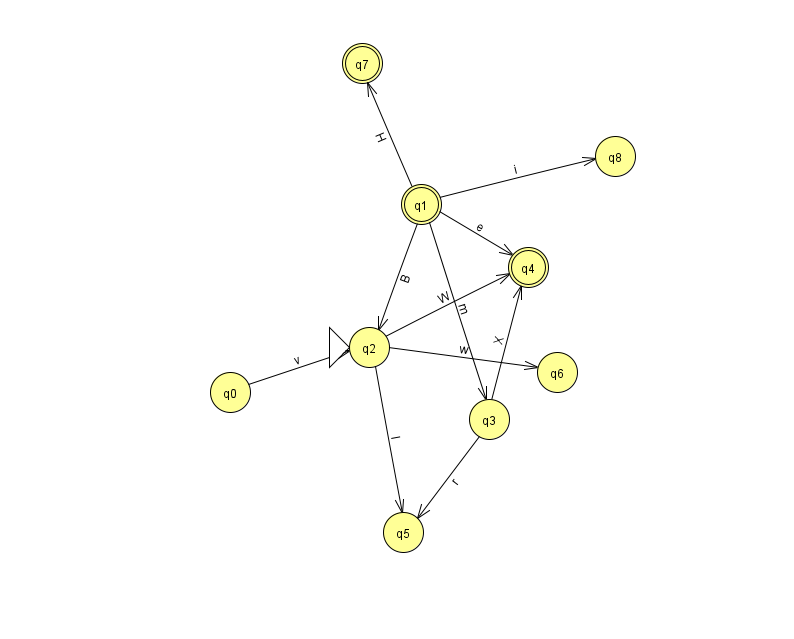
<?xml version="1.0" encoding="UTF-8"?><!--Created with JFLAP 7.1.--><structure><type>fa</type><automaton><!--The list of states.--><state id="0" name="q0"><x>230.0</x><y>379.0</y></state><state id="1" name="q1"><x>421.0</x><y>191.0</y><final/></state><state id="2" name="q2"><x>369.0</x><y>334.0</y><initial/></state><state id="3" name="q3"><x>489.0</x><y>406.0</y></state><state id="4" name="q4"><x>528.0</x><y>254.0</y><final/></state><state id="5" name="q5"><x>403.0</x><y>519.0</y></state><state id="6" name="q6"><x>557.0</x><y>359.0</y></state><state id="7" name="q7"><x>362.0</x><y>50.0</y><final/></state><state id="8" name="q8"><x>615.0</x><y>143.0</y></state><!--The list of transitions.--><transition><from>1</from><to>4</to><read>e</read></transition><transition><from>0</from><to>2</to><read>v</read></transition><transition><from>1</from><to>8</to><read>i</read></transition><transition><from>1</from><to>7</to><read>H</read></transition><transition><from>2</from><to>6</to><read>w</read></transition><transition><from>1</from><to>2</to><read>B</read></transition><transition><from>3</from><to>4</to><read>X</read></transition><transition><from>3</from><to>5</to><read>r</read></transition><transition><from>1</from><to>3</to><read>m</read></transition><transition><from>2</from><to>5</to><read>l</read></transition><transition><from>2</from><to>4</to><read>W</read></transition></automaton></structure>